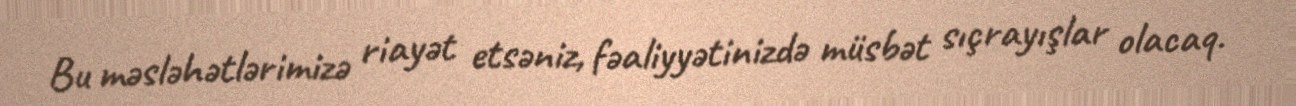
Bu məsləhətlərimizə riayət etsəniz, fəaliyyətinizdə müsbət sıçrayışlar olacaq.